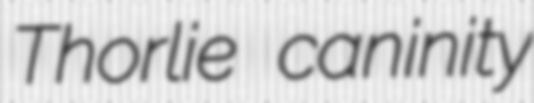
Thorlie caninity